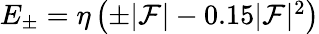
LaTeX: \begin{array}{r}{E_{\pm}=\eta\left(\pm|{\cal F}|-0.15|{\cal F}|^{2}\right)}\end{array}